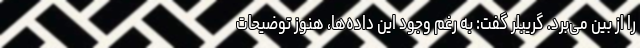
را از بین می‌برد. گریبلر گفت: به رغم وجود این داده‌ها، هنوز توضیحات